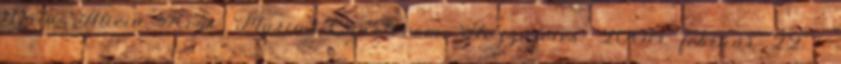
Data: Alicia Keys. Mariah-Charts.com. Hozzáférés: 2008. február 22. ↑